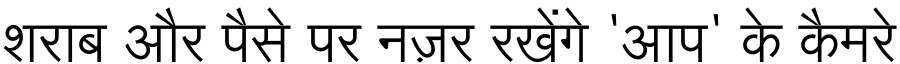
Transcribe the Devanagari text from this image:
शराब और पैसे पर नज़र रखेंगे 'आप' के कैमरे